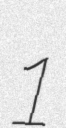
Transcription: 1